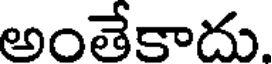
అంతేకాదు.